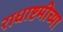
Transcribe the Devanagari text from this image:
राधाष्टमीच्या